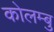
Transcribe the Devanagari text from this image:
कोलम्बु